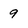
Character: 9